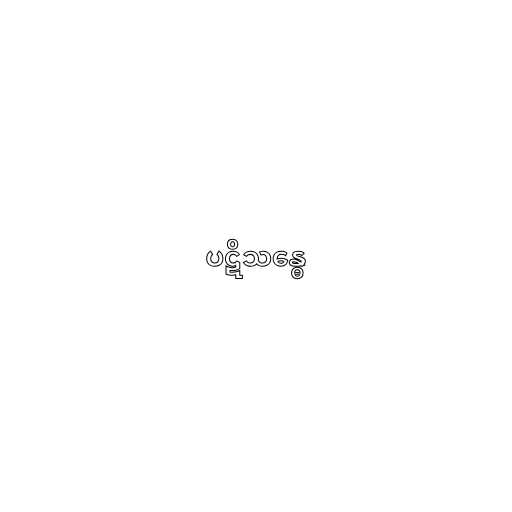
ပဋိသန္ဓေ